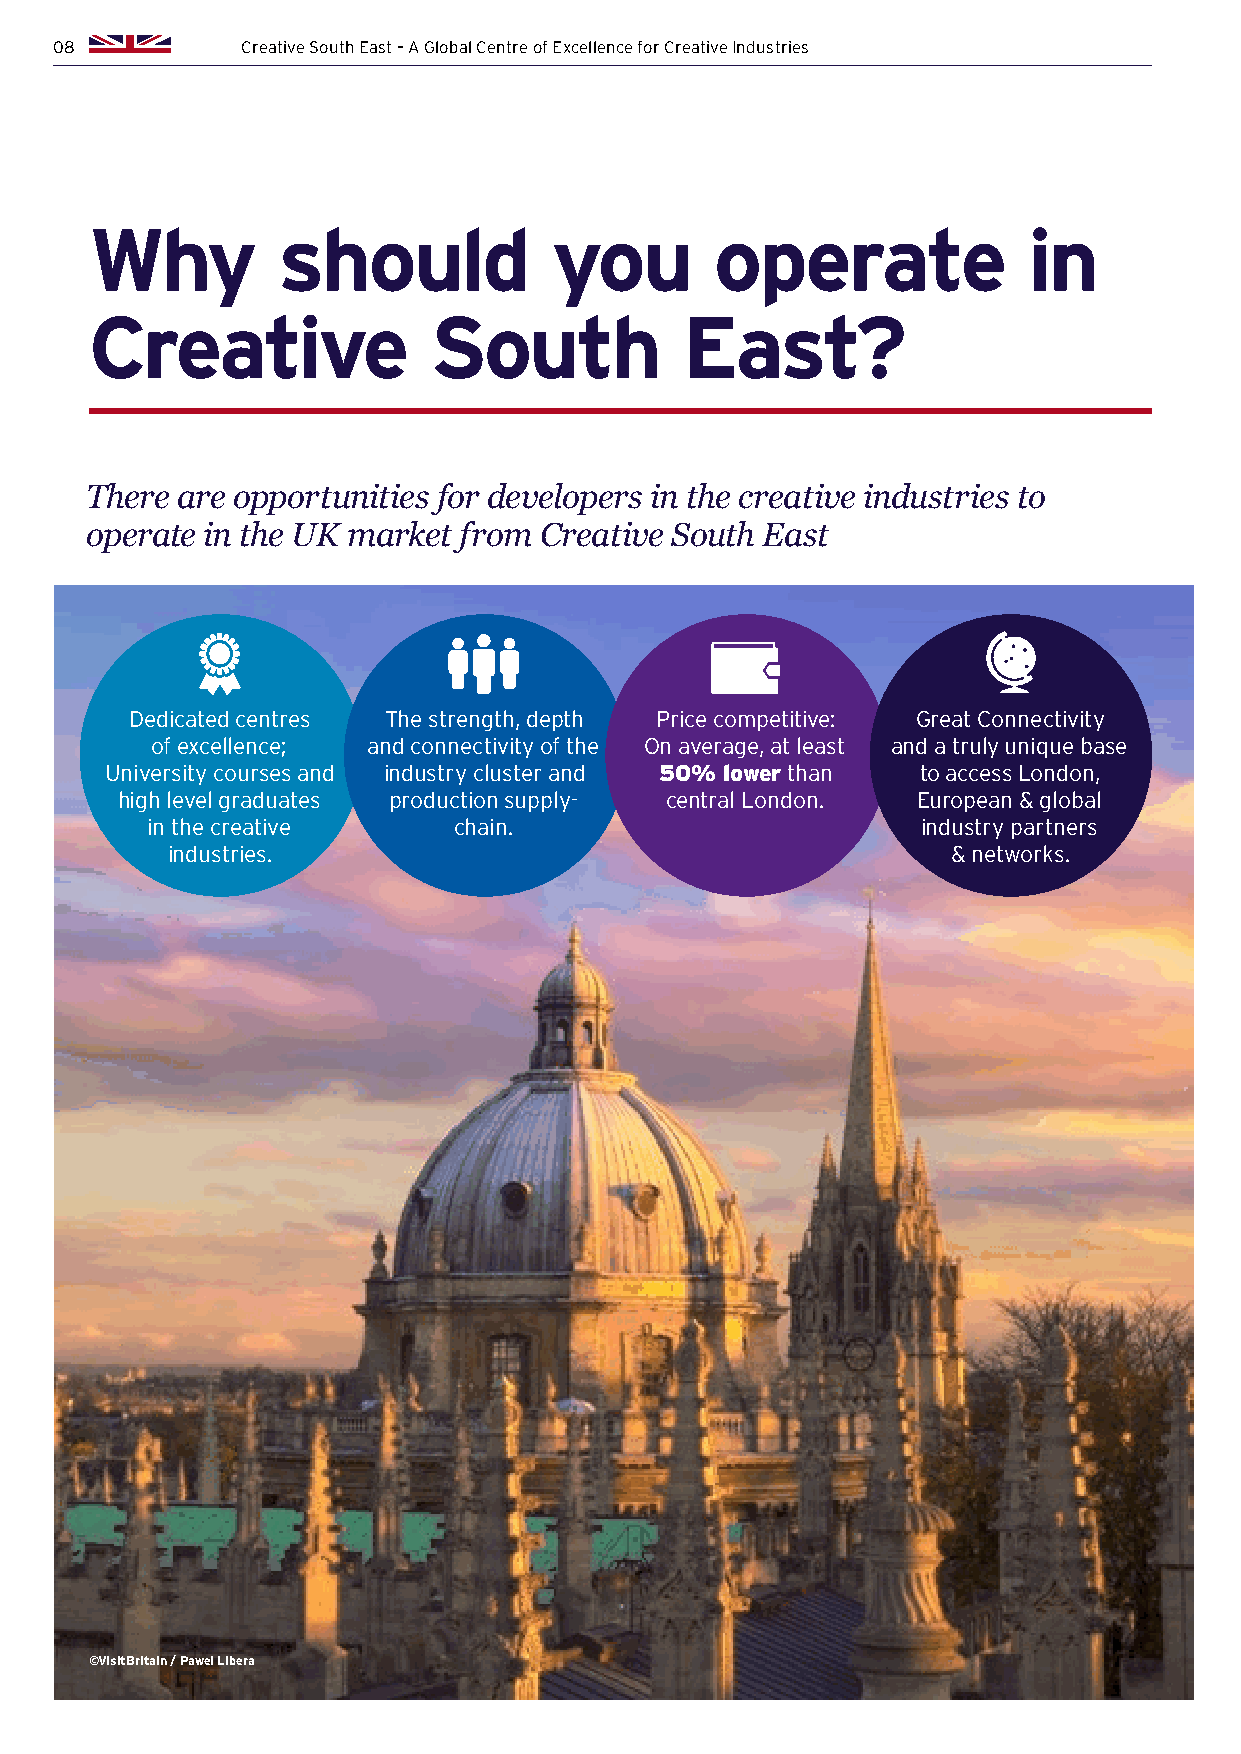
08          Creative South East – A Global Centre of Excellence for Creative Industries
 Why         should            you        operate              in
 Creative              South            East?
 There are opportunities for developers in the creative industries to
 operate in the UK market from Creative South East
 Dedicated centres The strength, depth Price competitive: Great Connectivity
 of excellence; and connectivity of the On average, at least and a truly unique base
 University courses and industry cluster and 50% lower than to access London,
 high level graduates production supply- central London. European & global
 in the creative     chain.                         industry partners
 industries.                                         & networks.
 ©VisitBritain / Pawel Libera